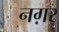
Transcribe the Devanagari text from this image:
नग़र